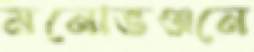
মনোভঞ্জনে